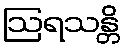
ဩရသန္တိ